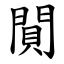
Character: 閴